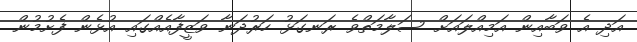
އަދި އެ ވަބާއިން އަމިއްލައަށް ސަލާމަތްވެ ރަނގަޅު ހަރުދަނާ ވަޒީފާއެއްގައި އުޅެން ފެށުމުން